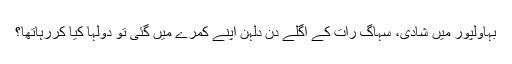
بہاولپور میں شادی، سہاگ رات کے اگلے دن دلہن اپنے کمرے میں گئی تو دولہا کیا کررہاتھا؟